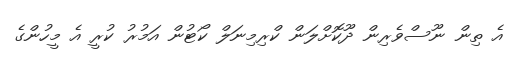
އެ ތިން ނޫސްވެރިން ދޫކޮށްލަން ކްރިމިނަލް ކޯޓުން އަމުރު ކުރީ އެ މީހުންގެ